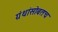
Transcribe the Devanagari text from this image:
ग्रंथांसोबतच